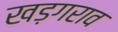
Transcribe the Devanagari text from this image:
खड़गराव